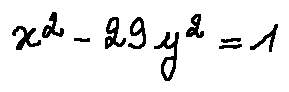
x ^ { 2 } - 2 9 y ^ { 2 } = 1